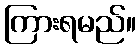
ကြားရမည်။